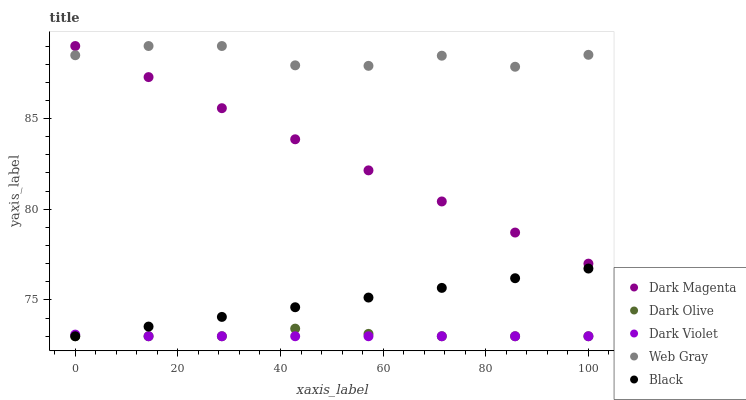
| xaxis_label | Dark Magenta | Dark Olive | Dark Violet | Web Gray | Black |
 | --- | --- | --- | --- | --- | --- |
 | 0 | 89 | 73 | 73.1 | 88.5 | 73 |
 | 14.3 | 87.3 | 73 | 73 | 89 | 73.5 |
 | 28.6 | 85.6 | 73 | 73 | 89 | 74.1 |
 | 42.9 | 83.9 | 73.4 | 73 | 87.9 | 74.6 |
 | 57.1 | 82.1 | 73.1 | 73 | 87.9 | 75.1 |
 | 71.4 | 80.4 | 73 | 73 | 88.5 | 75.7 |
 | 85.7 | 78.7 | 73 | 73 | 87.9 | 76.2 |
 | 100 | 77 | 73 | 73 | 88.5 | 76.7 |